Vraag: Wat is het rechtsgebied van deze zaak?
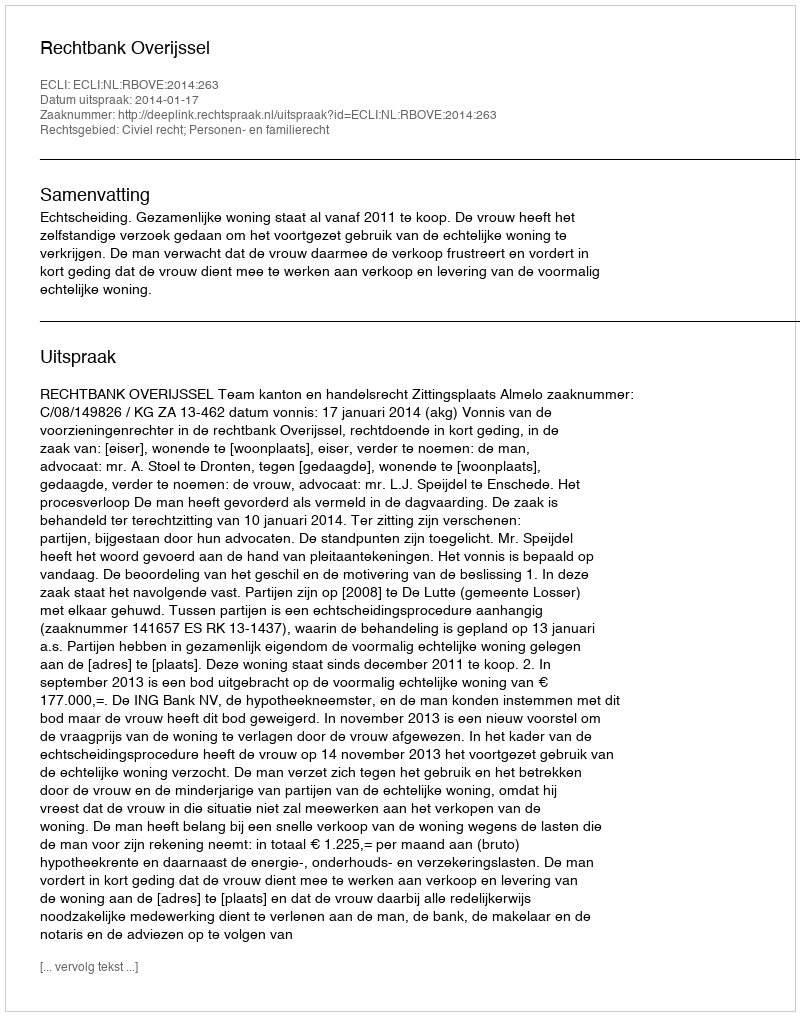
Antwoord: Civiel recht; Personen- en familierecht